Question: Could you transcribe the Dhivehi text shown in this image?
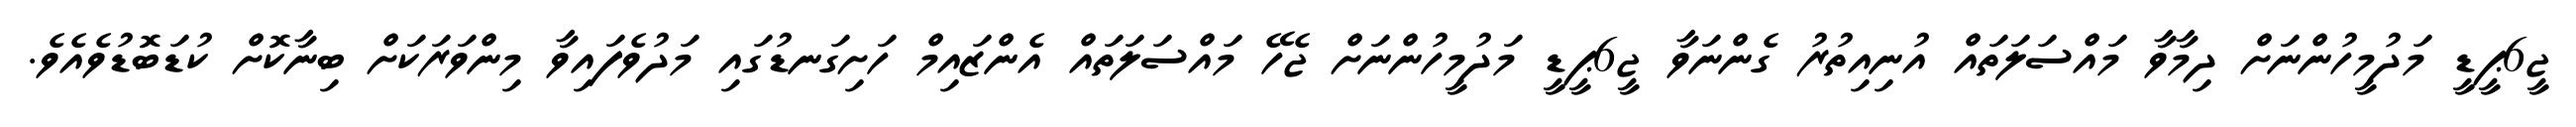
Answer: ޖީ6ޕީޑީ މަދުމީހުންނަށް ދިމާވާ މައްސަލަތައް އުނިއިތުރު ގެންނަވާ ޖީ6ޕީޑީ މަދުމީހުންނަށް ޖެހޭ މައްސަލަތައް އެންޒައިމް ހަށިގަނޑުގައި މަދުވެފައިވާ މިންވަރަކަށް ބިނާކޮށް ކުޑަބޮޑުވެއެވެ.